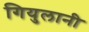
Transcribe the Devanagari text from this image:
गियुलानी